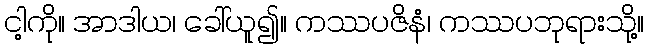
ငါ့ကို။ အာဒါယ၊ ခေါ်ယူ၍။ ကဿပဇိနံ၊ ကဿပဘုရားသို့။